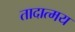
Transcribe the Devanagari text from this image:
तादात्मय